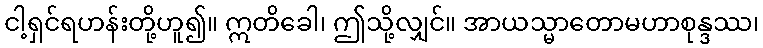
ငါ့ရှင်ရဟန်းတို့ဟူ၍။ ဣတိခေါ၊ ဤသို့လျှင်။ အာယသ္မာတောမဟာစုန္ဒဿ၊